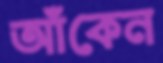
আঁকেন